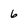
Character: 6